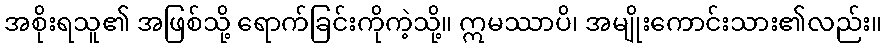
အစိုးရသူ၏ အဖြစ်သို့ ရောက်ခြင်းကိုကဲ့သို့။ ဣမဿာပိ၊ အမျိုးကောင်းသား၏လည်း။